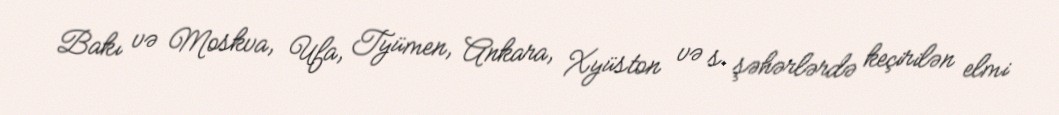
Bakı və Moskva, Ufa, Tyümen, Ankara, Xyüston və s. şəhərlərdə keçirilən elmi